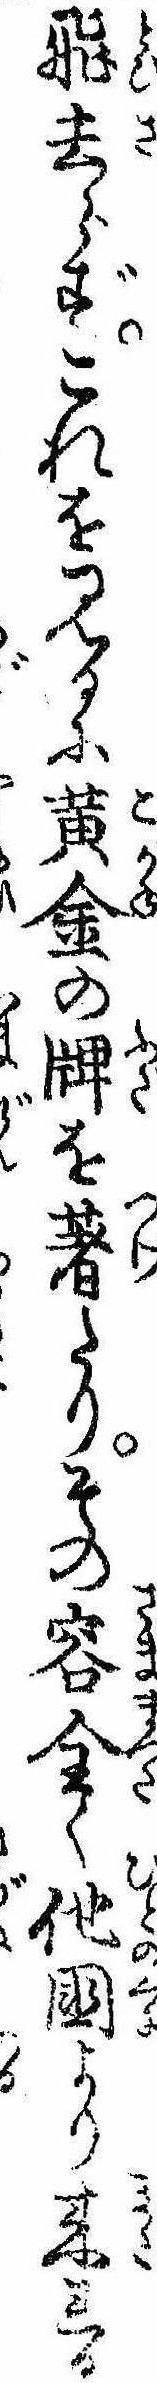
飛去らずこれを見るに黄金の牌を著たりその容全く他国より来れる